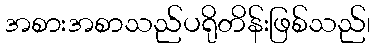
အစားအစာသည်ပရိုတိန်းဖြစ်သည်၊